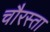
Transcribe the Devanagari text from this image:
चौरस्ता